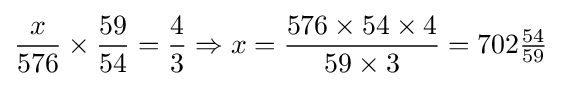
{\frac {x}{576}}\times {\frac {59}{54}}={\frac {4}{3}}\Rightarrow x={\frac {576\times 54\times 4}{59\times 3}}=702{\tfrac {54}{59}}